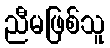
ညီမဖြစ်သူ